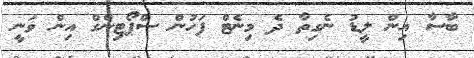
ބާސާ އިން ލީޑު ނެގިތާ ދެ މިނެޓް ފަހުން ސްޕޯޓިންގް އިން ވަނީ